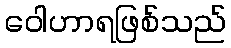
ဝေါဟာရဖြစ်သည်